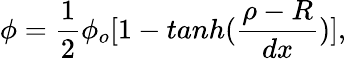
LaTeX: \phi=\frac{1}{2}\phi_{o}[1-tanh(\frac{\rho-R}{dx})],